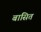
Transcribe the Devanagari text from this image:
बासित